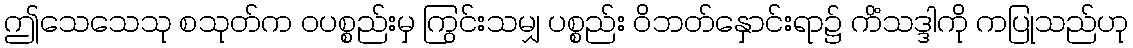
ဤသေသေသု စသုတ်က ဝပစ္စည်းမှ ကြွင်းသမျှ ပစ္စည်း ဝိဘတ်နှောင်းရာ၌ ကိံသဒ္ဒါကို ကပြုသည်ဟု